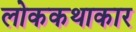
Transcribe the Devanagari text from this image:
लोककथाकार